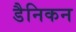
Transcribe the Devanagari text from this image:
डैनिकन